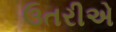
ઉતરીએ